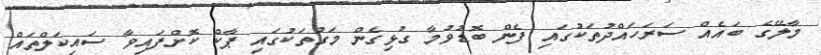
މާލޭގެ ބައެއް ސަރަަހައްދުތަކުގައި ފެން ބޮޑުވުމާ ގުޅިގެން މަގުތަކުގައި ޕާކް ކޮށްފައިވާ ސައިކަލްތައް